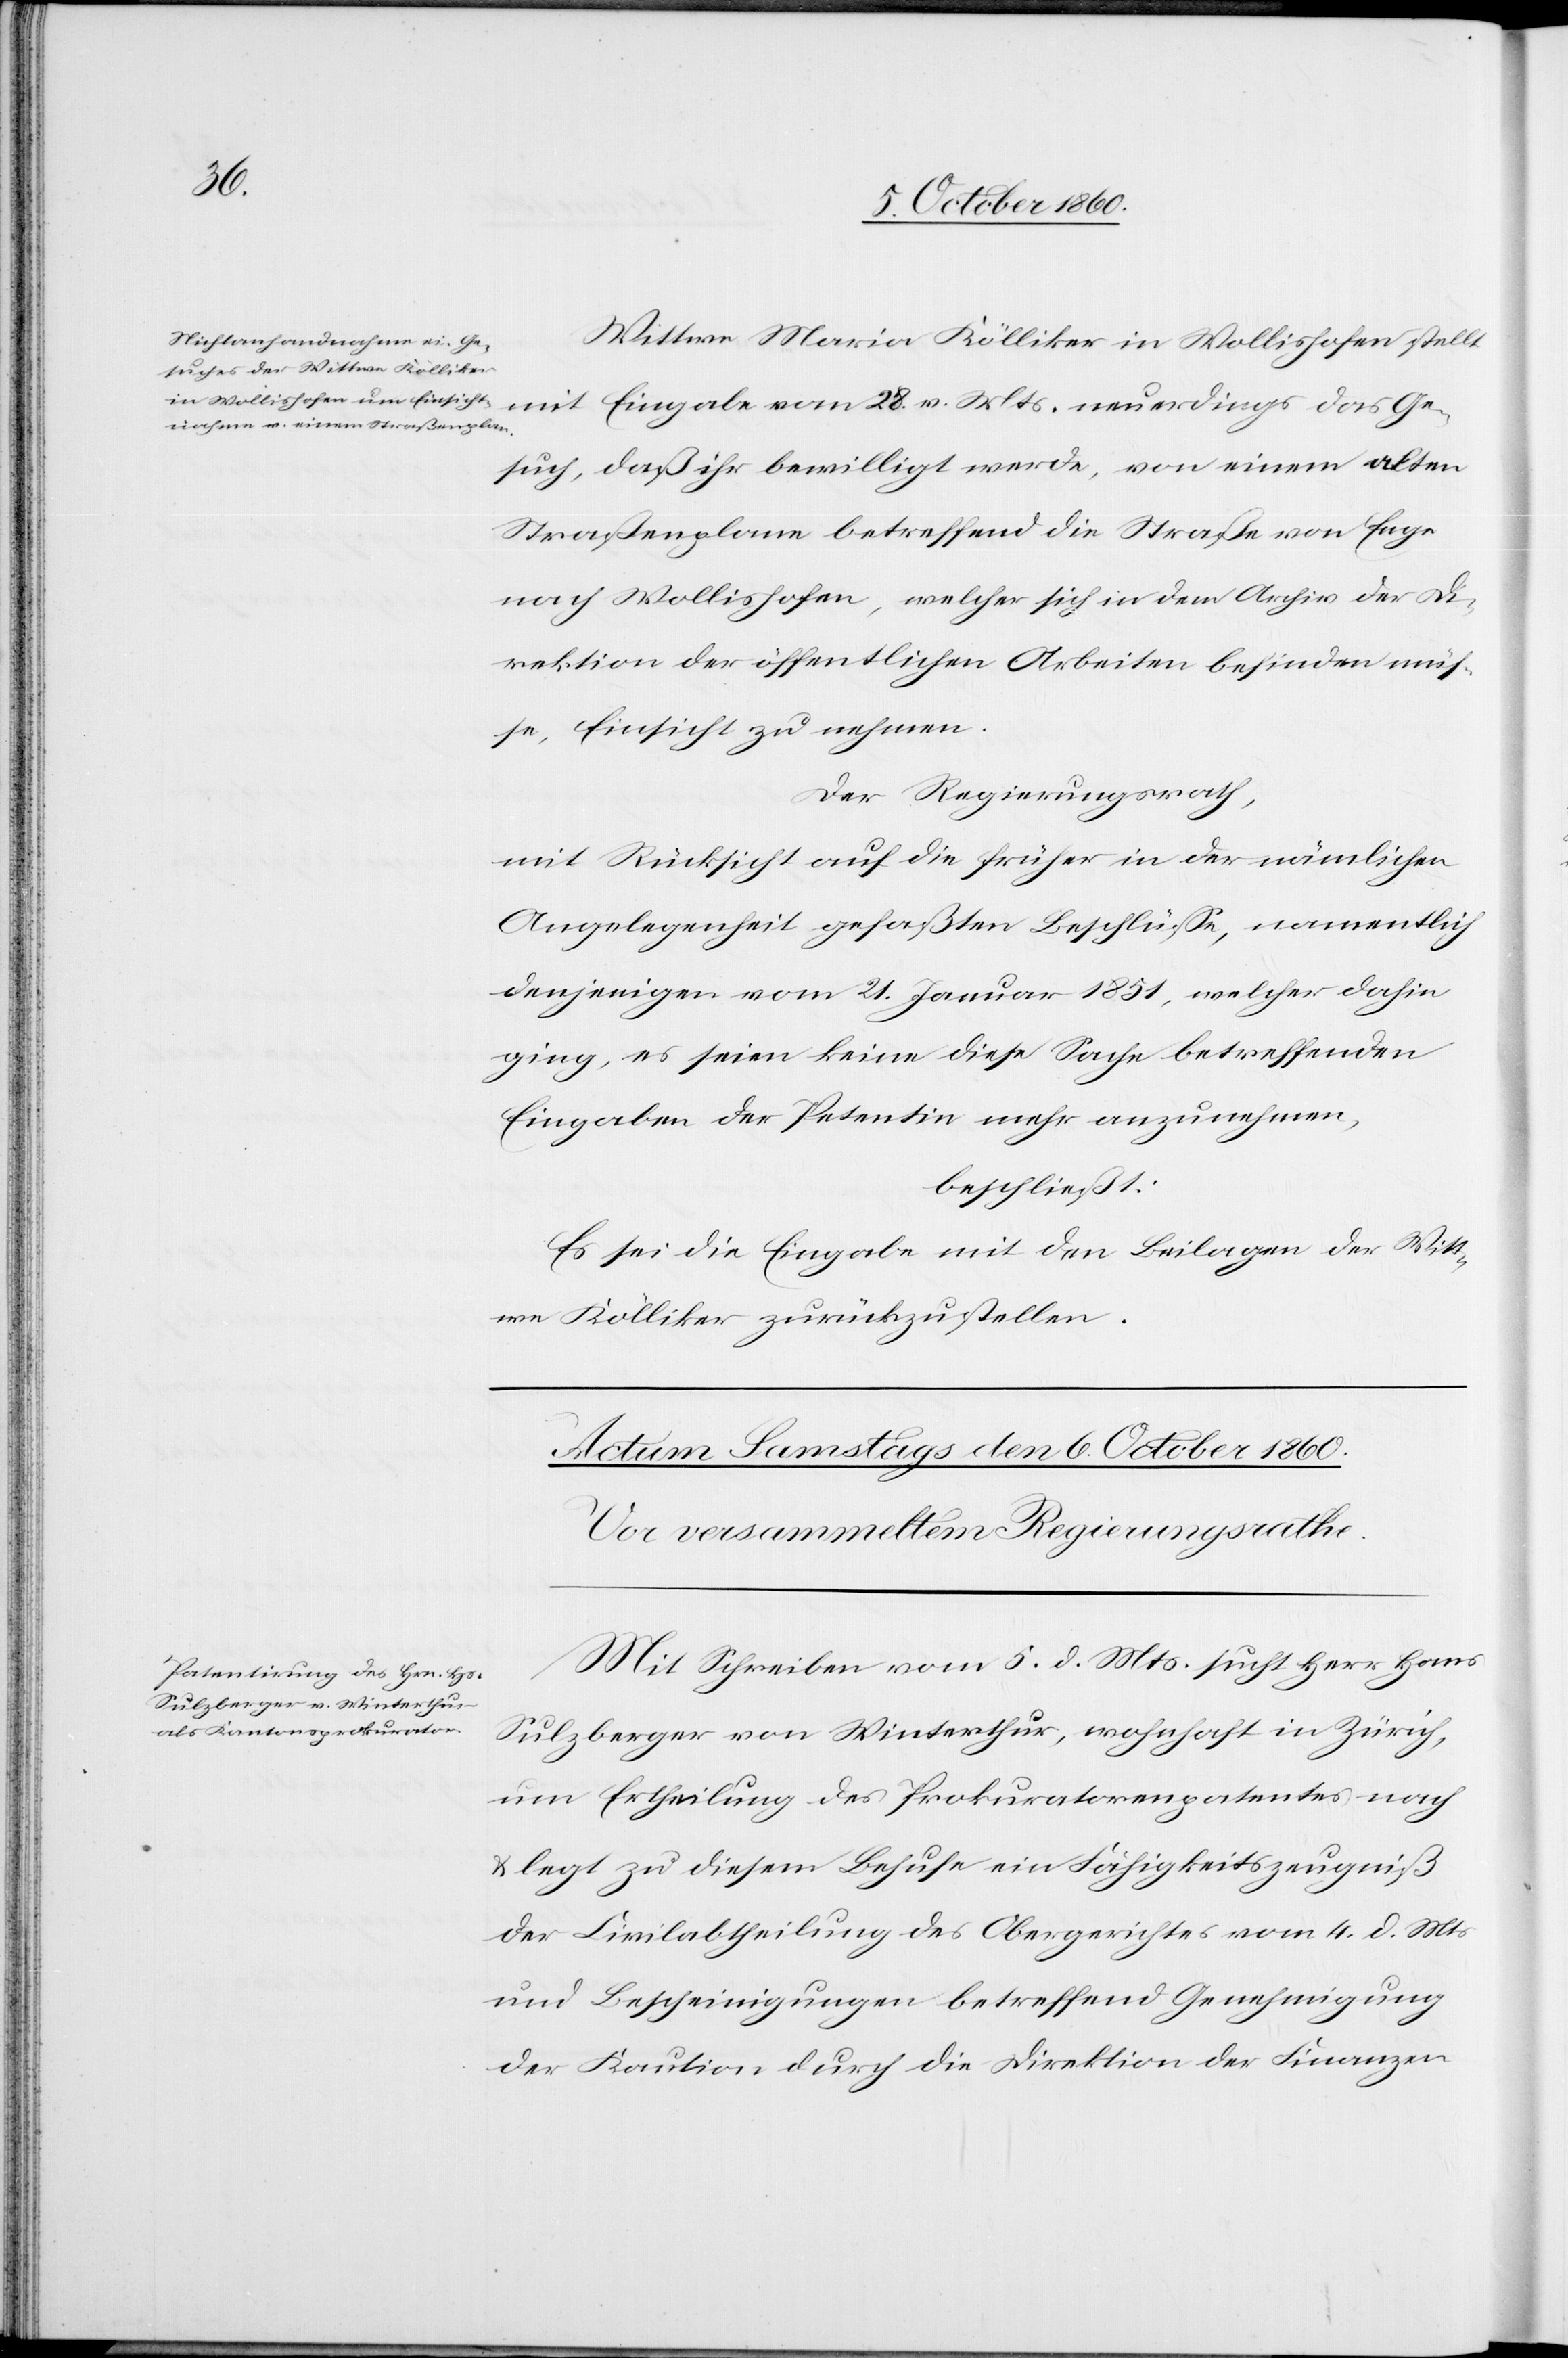
28.
Wittwe Maria Kölliker in Wollishofen stellt
Gesuch, daß ihr bewilligt werde, von einem alten
Straßenplane betreffend die Straße von Enge
nach Wollishofen, welcher sich in dem Archiv der Di¬
rektion der öffentlichen Arbeiten befinden müs¬
se, Einsicht zu nehmen.
Der Regierungsrath,
mit Rücksicht auf die früher in der nämlichen
Angelegenheit gefaßten Beschlüsse, namentlich
denjenigen vom 21. Januar 1851, welcher dahin
ging, es seien keine diese Sache betreffenden
Eingaben der Petentin mehr anzunehmen,
beschließt:
Es sei die Eingabe mit den Beilagen der Witt¬
we Kölliker zurückzustellen.
Mit Schreiben vom 5. d. Mts. sucht Herr Hans
Sulzberger von Winterthur, wohnhaft in Zürich,
um Ertheilung des Prokuratorenpatentes nach
u. legt zu diesem Behufe ein Fähigkeitszeugniß
der Civilabtheilung des Obergerichtes vom 4. d. Mts.
und Bescheinigungen betreffend Genehmigung
der Kaution durch die Direktion der Finanzen